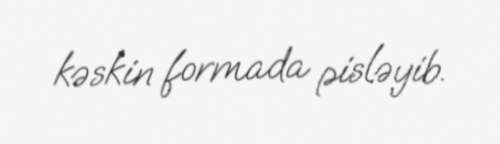
kəskin formada pisləyib.